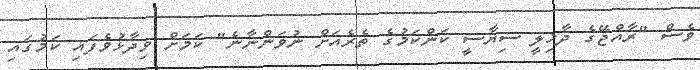
ވެސް "ރާއްޖޭގެ ދާޚިލީ ސިޔާސީ ކަންކަމުގެ ތެރެއަށް ނުވަންނާނެ" ކަމަށް ވިދާޅުވެފައި ކަމުގައި